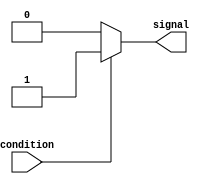
module simple_assign(
    input wire condition,
    output reg signal
);

always @(*) begin
    if (condition) begin
        signal = 1; // assign a value of 1 when condition is true
    end else begin
        signal = 0; // assign a value of 0 when condition is false
    end
end

endmodule